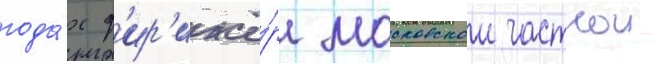
года́х д'ир'ижё́р московскои частнои